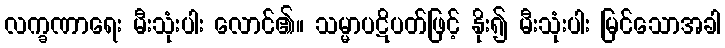
လက္ခဏာရေး မီးသုံးပါး လောင်၏။ သမ္မာပဋိပတ်ဖြင့် နိုး၍ မီးသုံးပါး မြင်သောအခါ